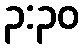
၃:၃၀